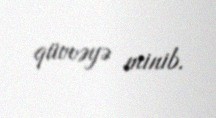
qüvvəyə minib.